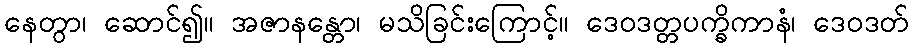
နေတွာ၊ ဆောင်၍။ အဇာနန္တော၊ မသိခြင်းကြောင့်။ ဒေဝဒတ္တပက္ခိကာနံ၊ ဒေဝဒတ်